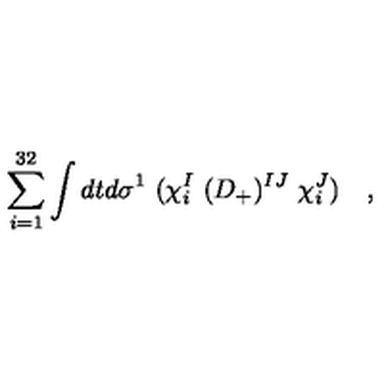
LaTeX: \sum _ { i = 1 } ^ { 3 2 } \int d t d \sigma ^ { 1 } \ ( \chi _ { i } ^ { I } \ ( D _ { + } ) ^ { I J } \ \chi _ { i } ^ { J } ) \quad ,